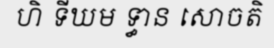
ហិ ទីឃម ទ្ធាន សោចតិ